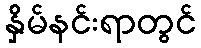
နှိမ်နင်းရာတွင်